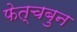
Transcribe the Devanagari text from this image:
फेत्चबुन